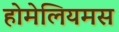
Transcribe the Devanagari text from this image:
होमेलियमस